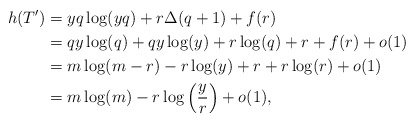
\begin{align*} h(T')&=yq \log(yq) + r \Delta(q+1) +f(r)\\ &=qy \log(q)+ qy\log(y)+r \log(q) +r+f(r) +o(1) \\ &= m\log(m-r)-r \log(y) +r+r \log(r) +o(1)\\ &= m\log(m)-r\log\left( \frac yr \right)+o(1), \end{align*}